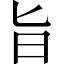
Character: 旨